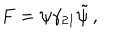
F = \psi \gamma _ { 2 1 } \tilde { \psi } \, ,